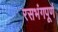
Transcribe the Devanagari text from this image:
रसभंगपूर्ण